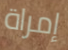
إمراة